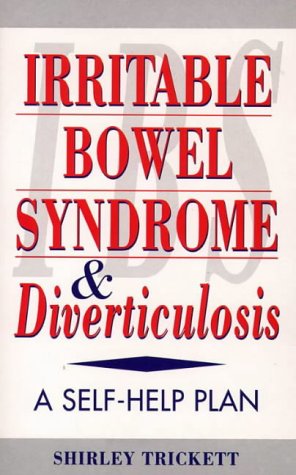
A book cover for Irritable Bowel Syndrome and Diverticulitis: A Self-Help Plan; Trickett; Health, Fitness & Dieting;